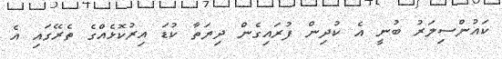
ކައުންސިލަރު ބުނީ އެ ކުދިން ފުރައިގެން ދިޔަތާ ކުޑަ އިރުކޮޅެއްގެ ތެރޭގައި އެ